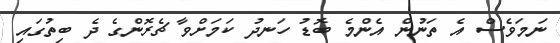
ނަމަވެސް އެ ތަނުން އެންމެ ބޮޑު ހަނދު ކަމަށްވާ ޗެރޮންގެ ދެ ބިތުގައި